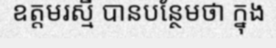
ឧត្តមរស្មី បានបន្ថែមថា ក្នុង